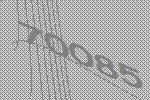
70085